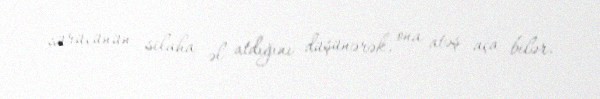
sürücünün silaha əl atdığını düşünərək, ona atəş aça bilər.